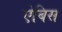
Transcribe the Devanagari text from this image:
ऐबिस